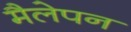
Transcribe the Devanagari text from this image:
मैलेपन